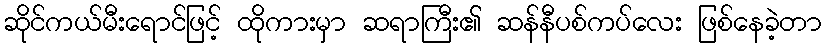
ဆိုင်ကယ်မီးရောင်ဖြင့် ထိုကားမှာ ဆရာကြီး၏ ဆန်နီပစ်ကပ်လေး ဖြစ်နေခဲ့တာ